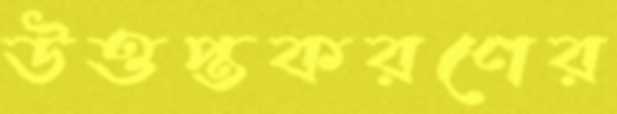
উত্তপ্তকরণের